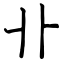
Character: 卝